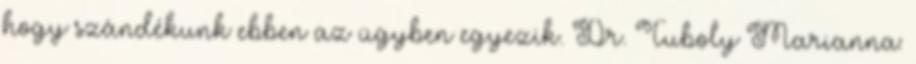
hogy szándékunk ebben az ügyben egyezik. Dr. Tuboly Marianna: